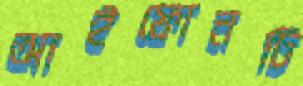
আইফোনটি